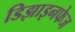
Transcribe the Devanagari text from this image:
डिझाइनफेज